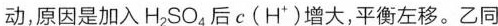
动，原因是加入H_{2}SO_{4}后c(H^{+})增大，平衡左移。乙同